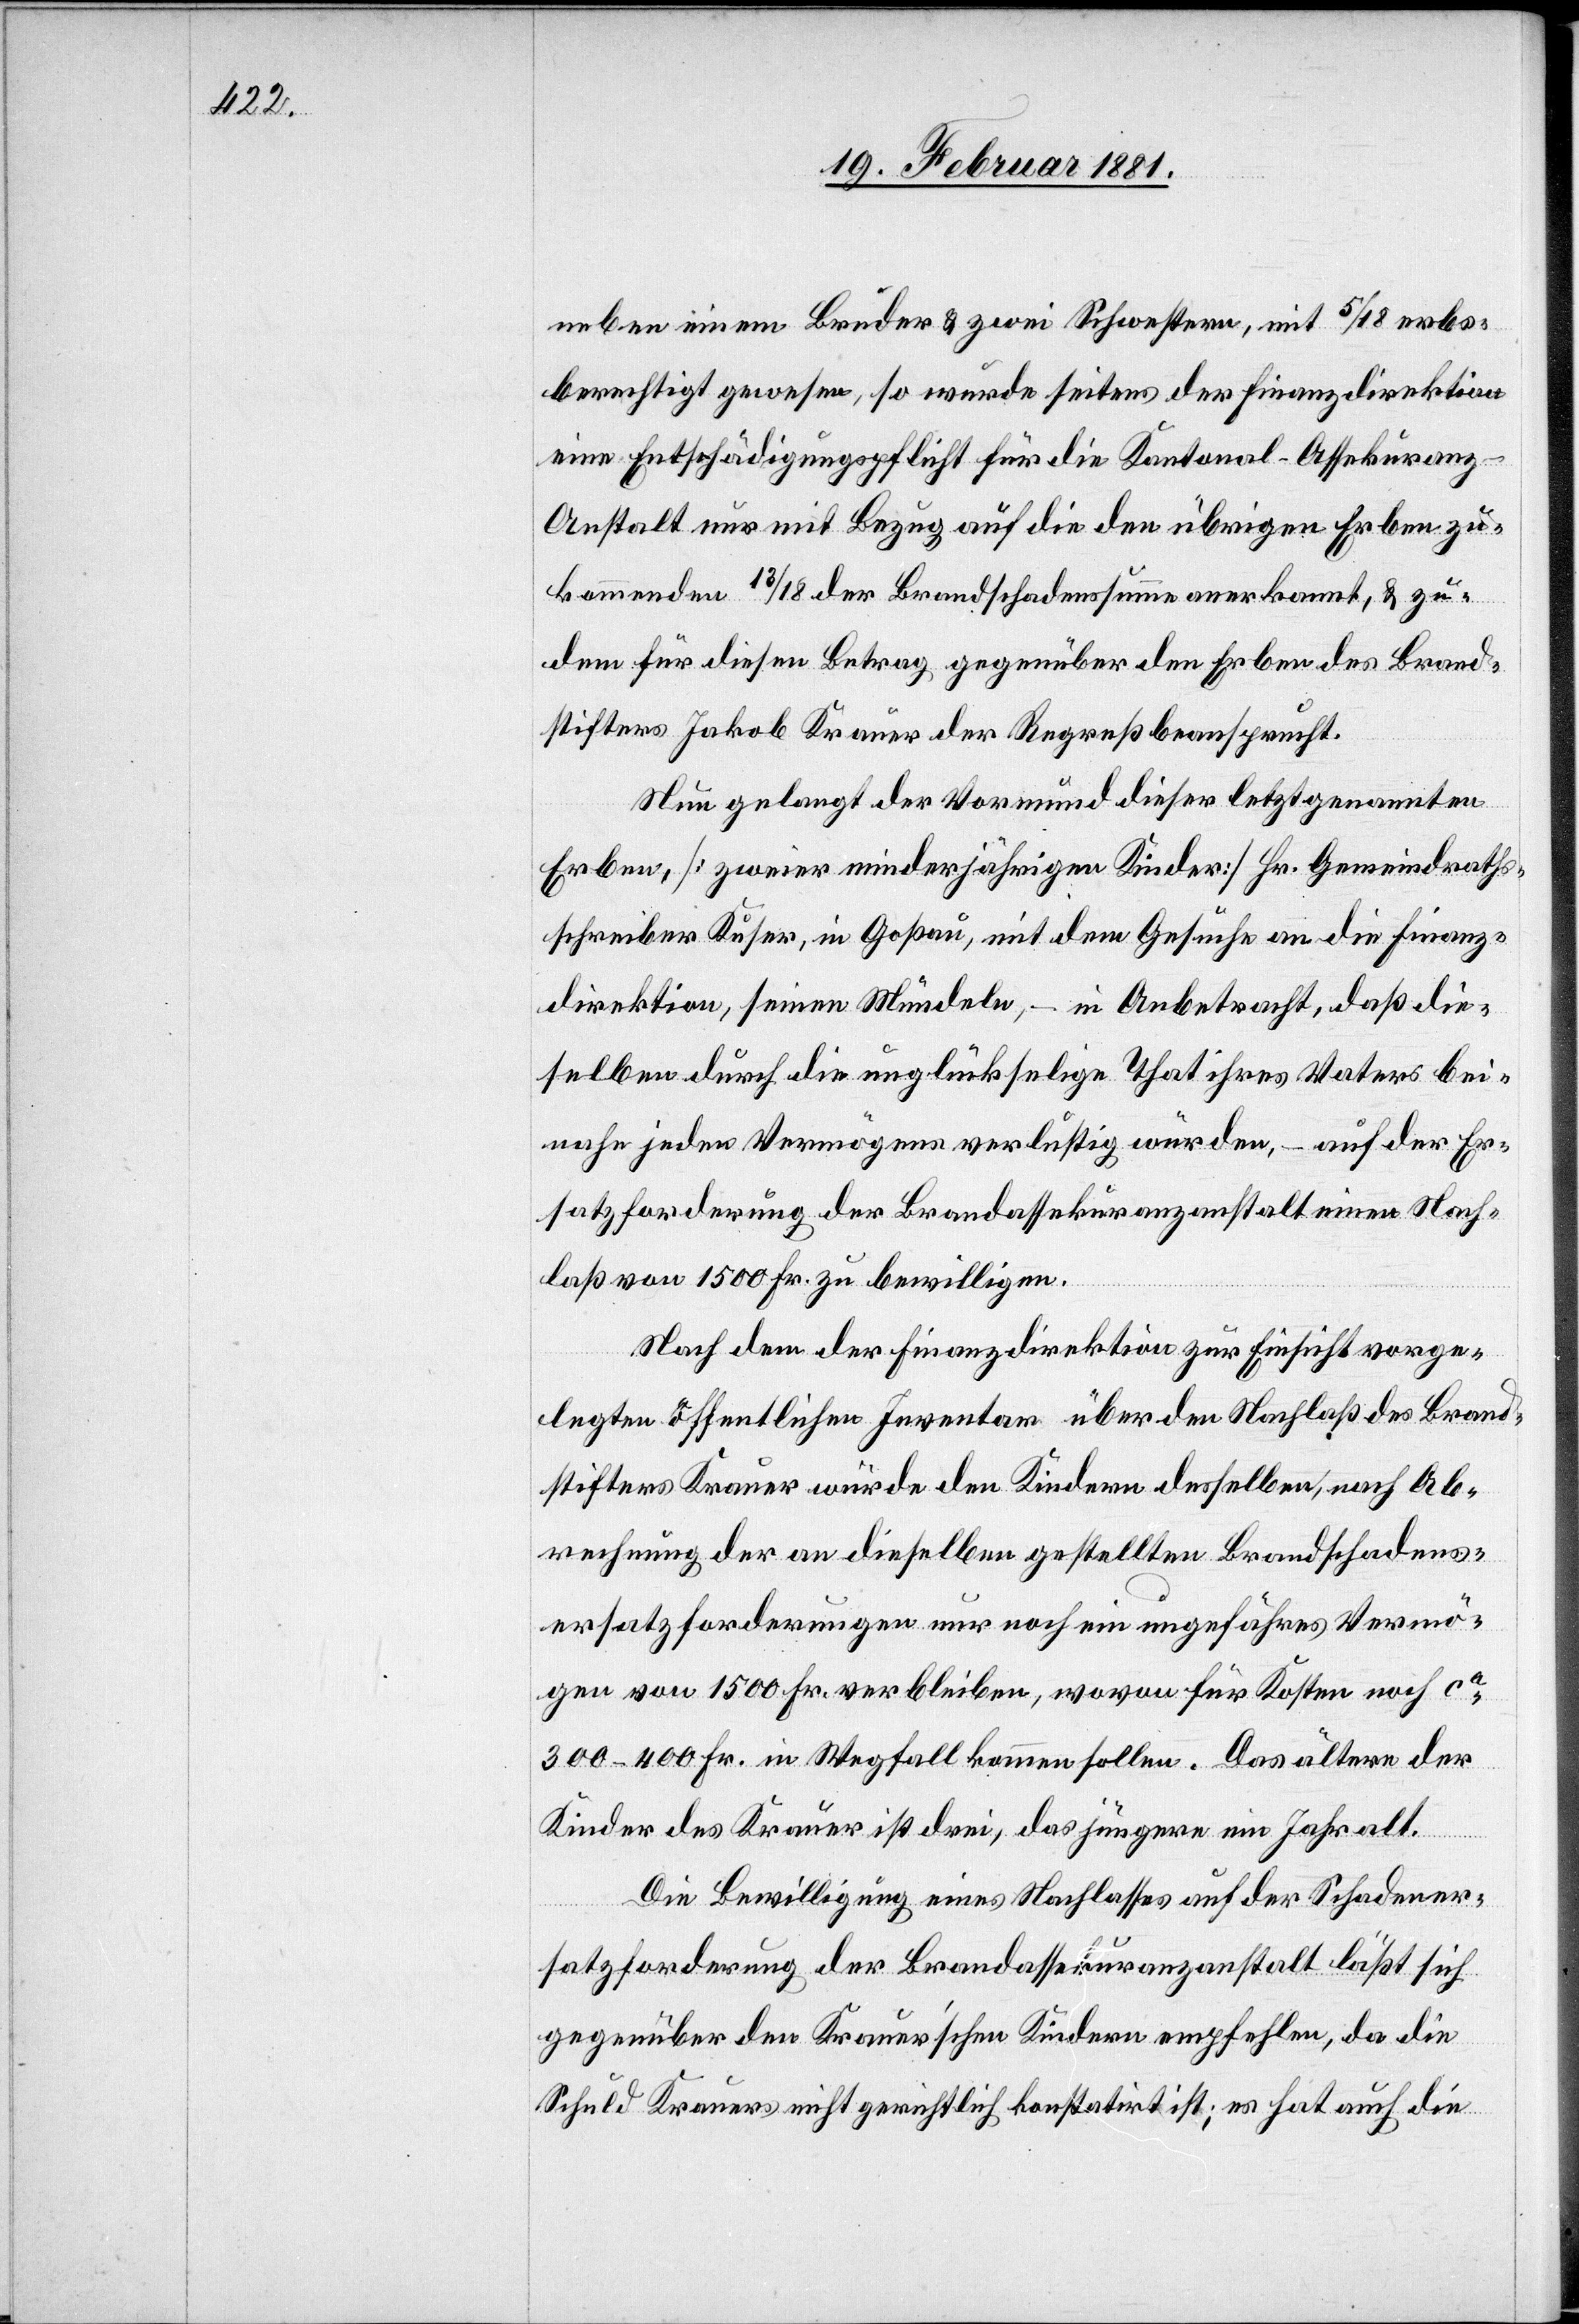
neben einem Bruder & zwei Schwestern, mit 5/18 erbs¬
berechtigt gewesen, so wurde seitens der Finanzdirektion
eine Entschädigungspflicht für die Kantonal-Assekuranz-A¬
nstalt nur mit Bezug auf die den übrigen Erben zu¬
kommenden 13/18 der Brandschadenssumme anerkannt, & zu¬
dem für diesen Betrag gegenüber den Erben des Brand¬
stifters Jakob Krauer der Regreß beansprucht.
Neu gelangt der Vormund dieser letztgenannten
Erben, [zweier minderjährigen Kinder] Hr. Gemeindraths¬
schreiber Kuser, in Goßau, mit dem Gesuche an die Finanz¬
direktion, seinen Mündeln, – in Anbetracht, daß die¬
selben durch die unglückselige That ihres Vaters bei¬
nahe jeden Vermögens verlustig würden, – auf der Er¬
satzforderung der Brandassekuranzanstalt einen Nach¬
laß von 1500 Fr. zu bewilligen.
Nach dem der Finanzdirektion zur Einsicht vorge¬
legten öffentlichen Inventar über den Nachlaß des Brand¬
stifters Krauer würde den Kindern desselben, nach Ab¬
rechnung der an dieselben gestellten Brandschadens¬
ersatzforderungen nur noch ein ungefähres Vermö¬
gen von 1500 Fr. verbleiben, wovon für Kosten noch ca
300–400 Fr. in Wegfall kommen sollen. Das ältere der
Kinder des Krauer ist drei, das jüngere ein Jahr alt.
Die Bewilligung eines Nachlasses auf der Schadener¬
satzforderung der Brandassekuranzanstalt läßt sich
gegenüber den Krauer’schen Kindern empfehlen, da die
Schuld Krauers nicht gerichtlich konstatirt ist; es hat auch die